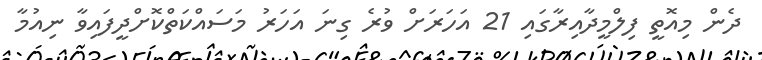
ދެން މިއޮތީ ފިލްމީދާއިރާގައި 21 އަހަރަށް ވުރެ ގިނަ އަހަރު މަސައްކަތްކޮށްދީފައިވާ ނިއުމާ